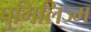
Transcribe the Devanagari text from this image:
पुगिलिज्म